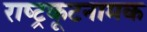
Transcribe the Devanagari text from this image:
राष्ट्रकूटनामक